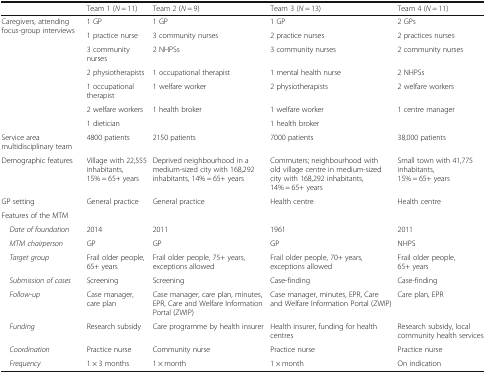
<table><thead><tr><td></td><td><b>Team 1 (<i>N</i> = 11)</b></td><td><b>Team 2 (<i>N</i> = 9)</b></td><td><b>Team 3 (<i>N</i> = 13)</b></td><td><b>Team 4 (<i>N</i> = 11)</b></td></tr></thead><tbody><tr><td rowspan="7">Caregivers, attending focus-group interviews</td><td>1 GP</td><td>1 GP</td><td>1 GP</td><td>2 GPs</td></tr><tr><td>1 practice nurse</td><td>3 community nurses</td><td>2 practice nurses</td><td>2 practices nurses</td></tr><tr><td>3 community nurses</td><td>2 NHPSs</td><td>3 community nurses</td><td>2 community nurses</td></tr><tr><td>2 physiotherapists</td><td>1 occupational therapist</td><td>1 mental health nurse</td><td>2 NHPSs</td></tr><tr><td>1 occupational therapist</td><td>1 welfare worker</td><td>2 physiotherapists</td><td>2 welfare workers</td></tr><tr><td>2 welfare workers</td><td>1 health broker</td><td>1 welfare worker</td><td>1 centre manager</td></tr><tr><td>1 dietician</td><td></td><td>1 health broker</td><td></td></tr><tr><td>Service area multidisciplinary team</td><td>4800 patients</td><td>2150 patients</td><td>7000 patients</td><td>38,000 patients</td></tr><tr><td>Demographic features</td><td>Village with 22,555 inhabitants, 15% = 65+ years</td><td>Deprived neighbourhood in a medium-sized city with 168,292 inhabitants, 14% = 65+ years</td><td>Commuters; neighbourhood with old village centre in medium-sized city with 168,292 inhabitants, 14% = 65+ years</td><td>Small town with 41,775 inhabitants, 15% = 65+ years</td></tr><tr><td>GP setting</td><td>General practice</td><td>General practice</td><td>Health centre</td><td>Health centre</td></tr><tr><td colspan="5">Features of the MTM</td></tr><tr><td> <i>Date of foundation</i></td><td>2014</td><td>2011</td><td>1961</td><td>2011</td></tr><tr><td> <i>MTM chairperson</i></td><td>GP</td><td>GP</td><td>GP</td><td>NHPS</td></tr><tr><td> <i>Target group</i></td><td>Frail older people, 65+ years</td><td>Frail older people, 75+ years, exceptions allowed</td><td>Frail older people, 70+ years, exceptions allowed</td><td>Frail older people, 65+ years</td></tr><tr><td> <i>Submission of cases</i></td><td>Screening</td><td>Screening</td><td>Case-finding</td><td>Case-finding</td></tr><tr><td> <i>Follow-up</i></td><td>Case manager, care plan</td><td>Case manager, care plan, minutes, EPR, Care and Welfare Information Portal (ZWIP)</td><td>Case manager, minutes, EPR, Care and Welfare Information Portal (ZWIP)</td><td>Care plan, EPR</td></tr><tr><td> <i>Funding</i></td><td>Research subsidy</td><td>Care programme by health insurer</td><td>Health insurer, funding for health centres</td><td>Research subsidy, local community health services</td></tr><tr><td> <i>Coordination</i></td><td>Practice nurse</td><td>Community nurse</td><td>Practice nurse</td><td>Practice nurse</td></tr><tr><td> <i>Frequency</i></td><td>1 × 3 months</td><td>1 × month</td><td>1 × month</td><td>On indication</td></tr></tbody></table>